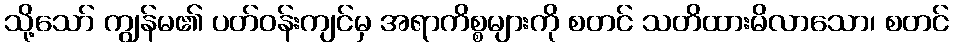
သို့သော် ကျွန်မ၏ ပတ်ဝန်းကျင်မှ အရာကိစ္စများကို စတင် သတိထားမိလာသော၊ စတင်